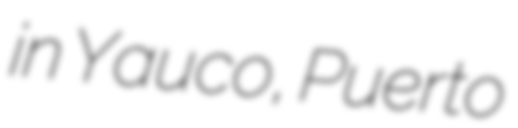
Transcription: in Yauco, Puerto